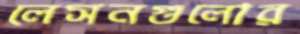
লেসনগুলোর